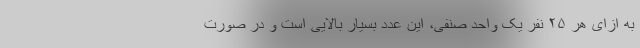
به ازای هر ۲۵ نفر یک واحد صنفی، این عدد بسیار بالایی است و در صورت